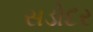
સડોદર